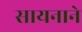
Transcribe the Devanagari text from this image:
सायनाने